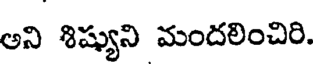
అని శిష్యుని మందలించిరి.